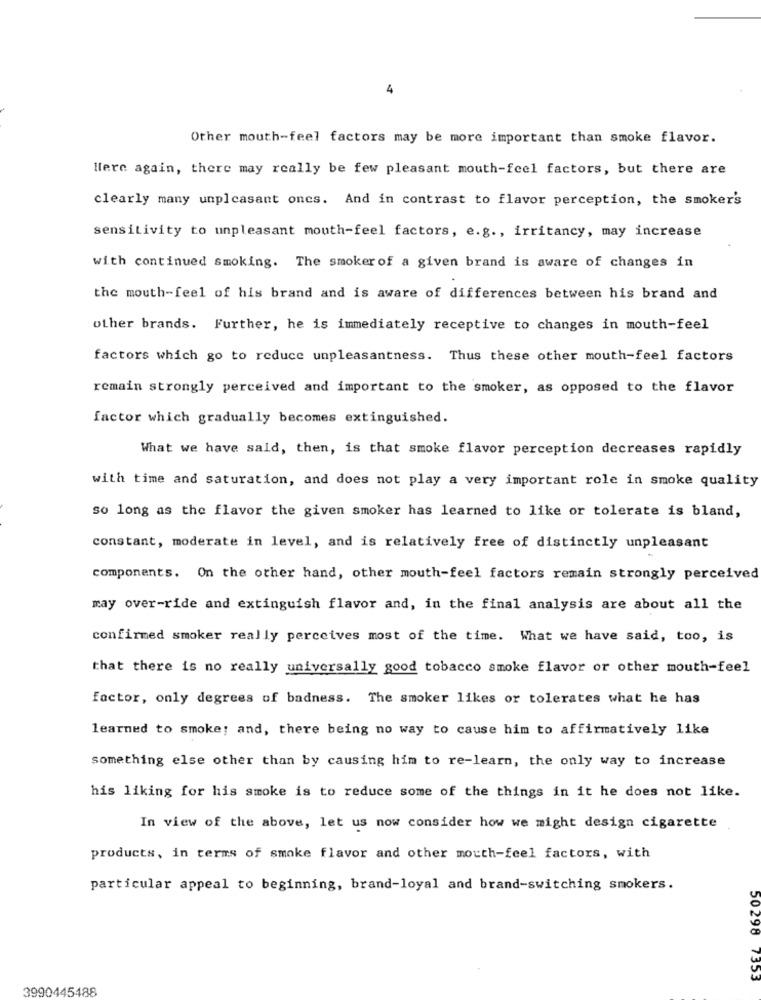
4
Other mouth-feel factors may be more important than smoke flavor.
Here again, there may really be few pleasant mouth-feel factors, but there are
clearly many unpleasant ones. And in contrast to flavor perception, the smoker's
sensitivity to unpleasant mouth-feel factors, e.g ., irritancy, may increase
with continued smoking. The smoker of a given brand is aware of changes in
the mouth-feel of his brand and is aware of differences between his brand and
other brands. Further, he is immediately receptive to changes in mouth-feel
factors which go to reduce unpleasantness. Thus these other mouth-feel factors
remain strongly perceived and important to the smoker, as opposed to the flavor
factor which gradually becomes extinguished.
What we have said, then, is that smoke flavor perception decreases rapidly
with time and saturation, and does not play a very important role in smoke quality
so long as the flavor the given smoker has learned to like or tolerate is bland,
constant, moderate in level, and is relatively free of distinctly unpleasant
components. On the other hand, other mouth-feel factors remain strongly perceived
may over-ride and extinguish flavor and, in the final analysis are about all the
confirmed smoker really perceives most of the time. What we have said, too, is
that there is no really universally good tobacco smoke flavor or other mouth-feel
factor, only degrees of badness. The smoker likes or tolerates what he has
learned to smoke; and, there being no way to cause him to affirmatively like
something else other than by causing him to re-learn, the only way to increase
his liking for his smoke is to reduce some of the things in it he does not like.
In view of the above, let us now consider how we might design cigarette
products, in terms of smoke flavor and other mouth-feel factors, with
particular appeal to beginning, brand-loyal and brand-switching smokers.
50298 7353
3990445488